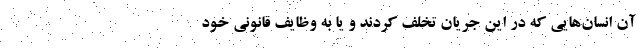
آن انسان‌هایی که در این جریان تخلف کردند و یا به وظایف قانونی خود